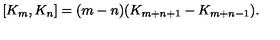
[ K _ { m } , K _ { n } ] = ( m - n ) ( K _ { m + n + 1 } - K _ { m + n - 1 } ) .